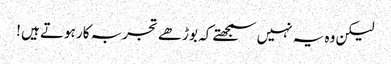
لیکن وہ یہ نہیں سمجھتے کہ بوڑھے تجربہ کار ہوتے ہیں !